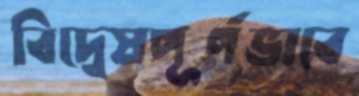
বিদ্বেষপূর্ণভাবে